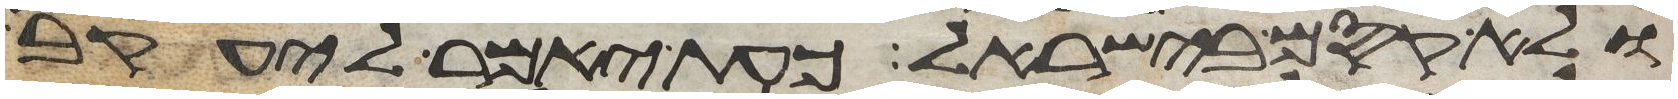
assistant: ולא קסם בישראל כעת יאמר ליעקב